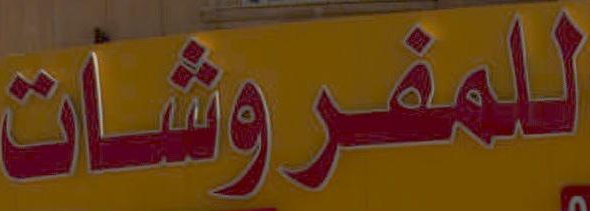
للمفروشات